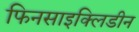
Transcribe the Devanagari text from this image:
फिनसाइक्लिडीन